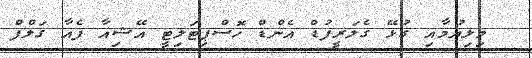
މިލިޔުމާއި ގުޅޭ ގެލަރީފުޑް އެންޑް ހޮސްޕިޓަލިޓީ އޭޝިއާ ފެއާ ގަލްފް